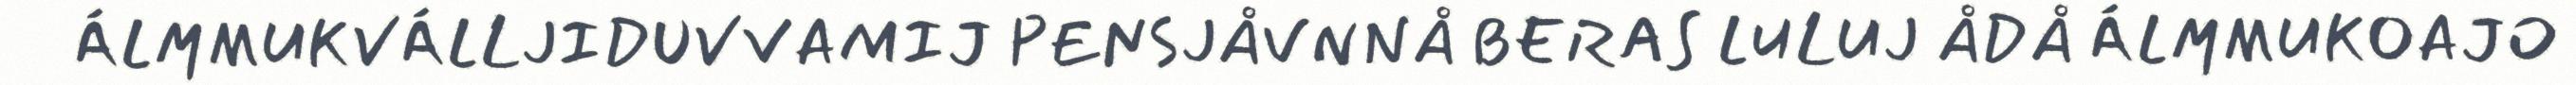
ÁLMMUKVÁLLJIDUVVAMIJ PENSJÅVNNÅ BERAS LULUJ ÅDÅ ÁLMMUKOAJO